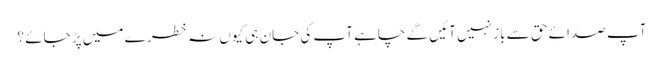
آپ صدائے حق سے باز نہیں آئیں گے چاہے آپ کی جان ہی کیوں نہ خطر ے میں پڑ جائے ؟